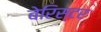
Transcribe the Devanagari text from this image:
बेरिस्टर